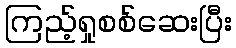
ကြည့်ရှုစစ်ဆေးပြီး